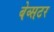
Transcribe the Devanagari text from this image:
बेव्सटर